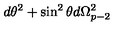
d \theta ^ { 2 } + \sin ^ { 2 } \theta d \Omega _ { p - 2 } ^ { 2 }